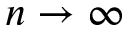
n \rightarrow \infty